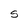
Character: S